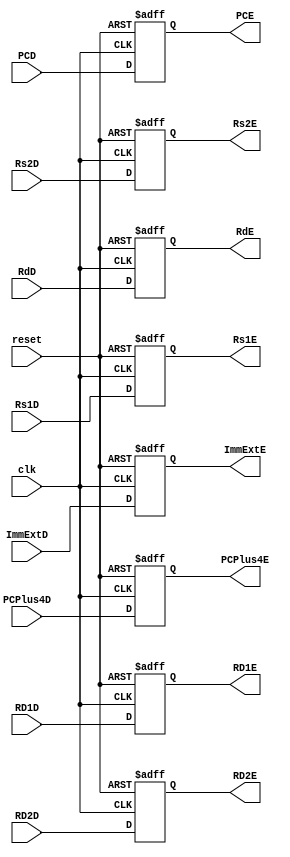

module ID_EX (input clk, reset,
                input [31:0] RD1D, RD2D, PCD, 
                input  [4:0] Rs1D, Rs2D, RdD, 
                input [31:0] ImmExtD, PCPlus4D,
                output reg[31:0] RD1E, RD2E, PCE, 
                output reg[4:0]  RdE, 
                output reg[31:0] ImmExtE, PCPlus4E,
                output reg[4:0] Rs1E, Rs2E );

 
 //we don't further use this values so , i initialized them as reg not as o/p
    always @( posedge clk, posedge reset ) begin
        if (reset) begin
            RD1E <= 0;
            RD2E <= 0;
            PCE <= 0;
            Rs1E <= 0;
            Rs2E <= 0;
            RdE <= 0;
            ImmExtE <= 0;
            PCPlus4E <= 0;
        end

       
        else begin
            RD1E <= RD1D;
            RD2E <= RD2D;
            PCE <= PCD;
            Rs1E <= Rs1D;
            Rs2E <= Rs2D;
            RdE <= RdD;
            ImmExtE <= ImmExtD;
            PCPlus4E <= PCPlus4D;
        end

    end

endmodule